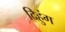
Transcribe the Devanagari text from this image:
दिहुंग